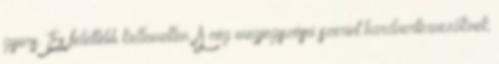
gyors. És felettébb kellemetlen. A cég megjegyzései szerint hardvertervezőknek